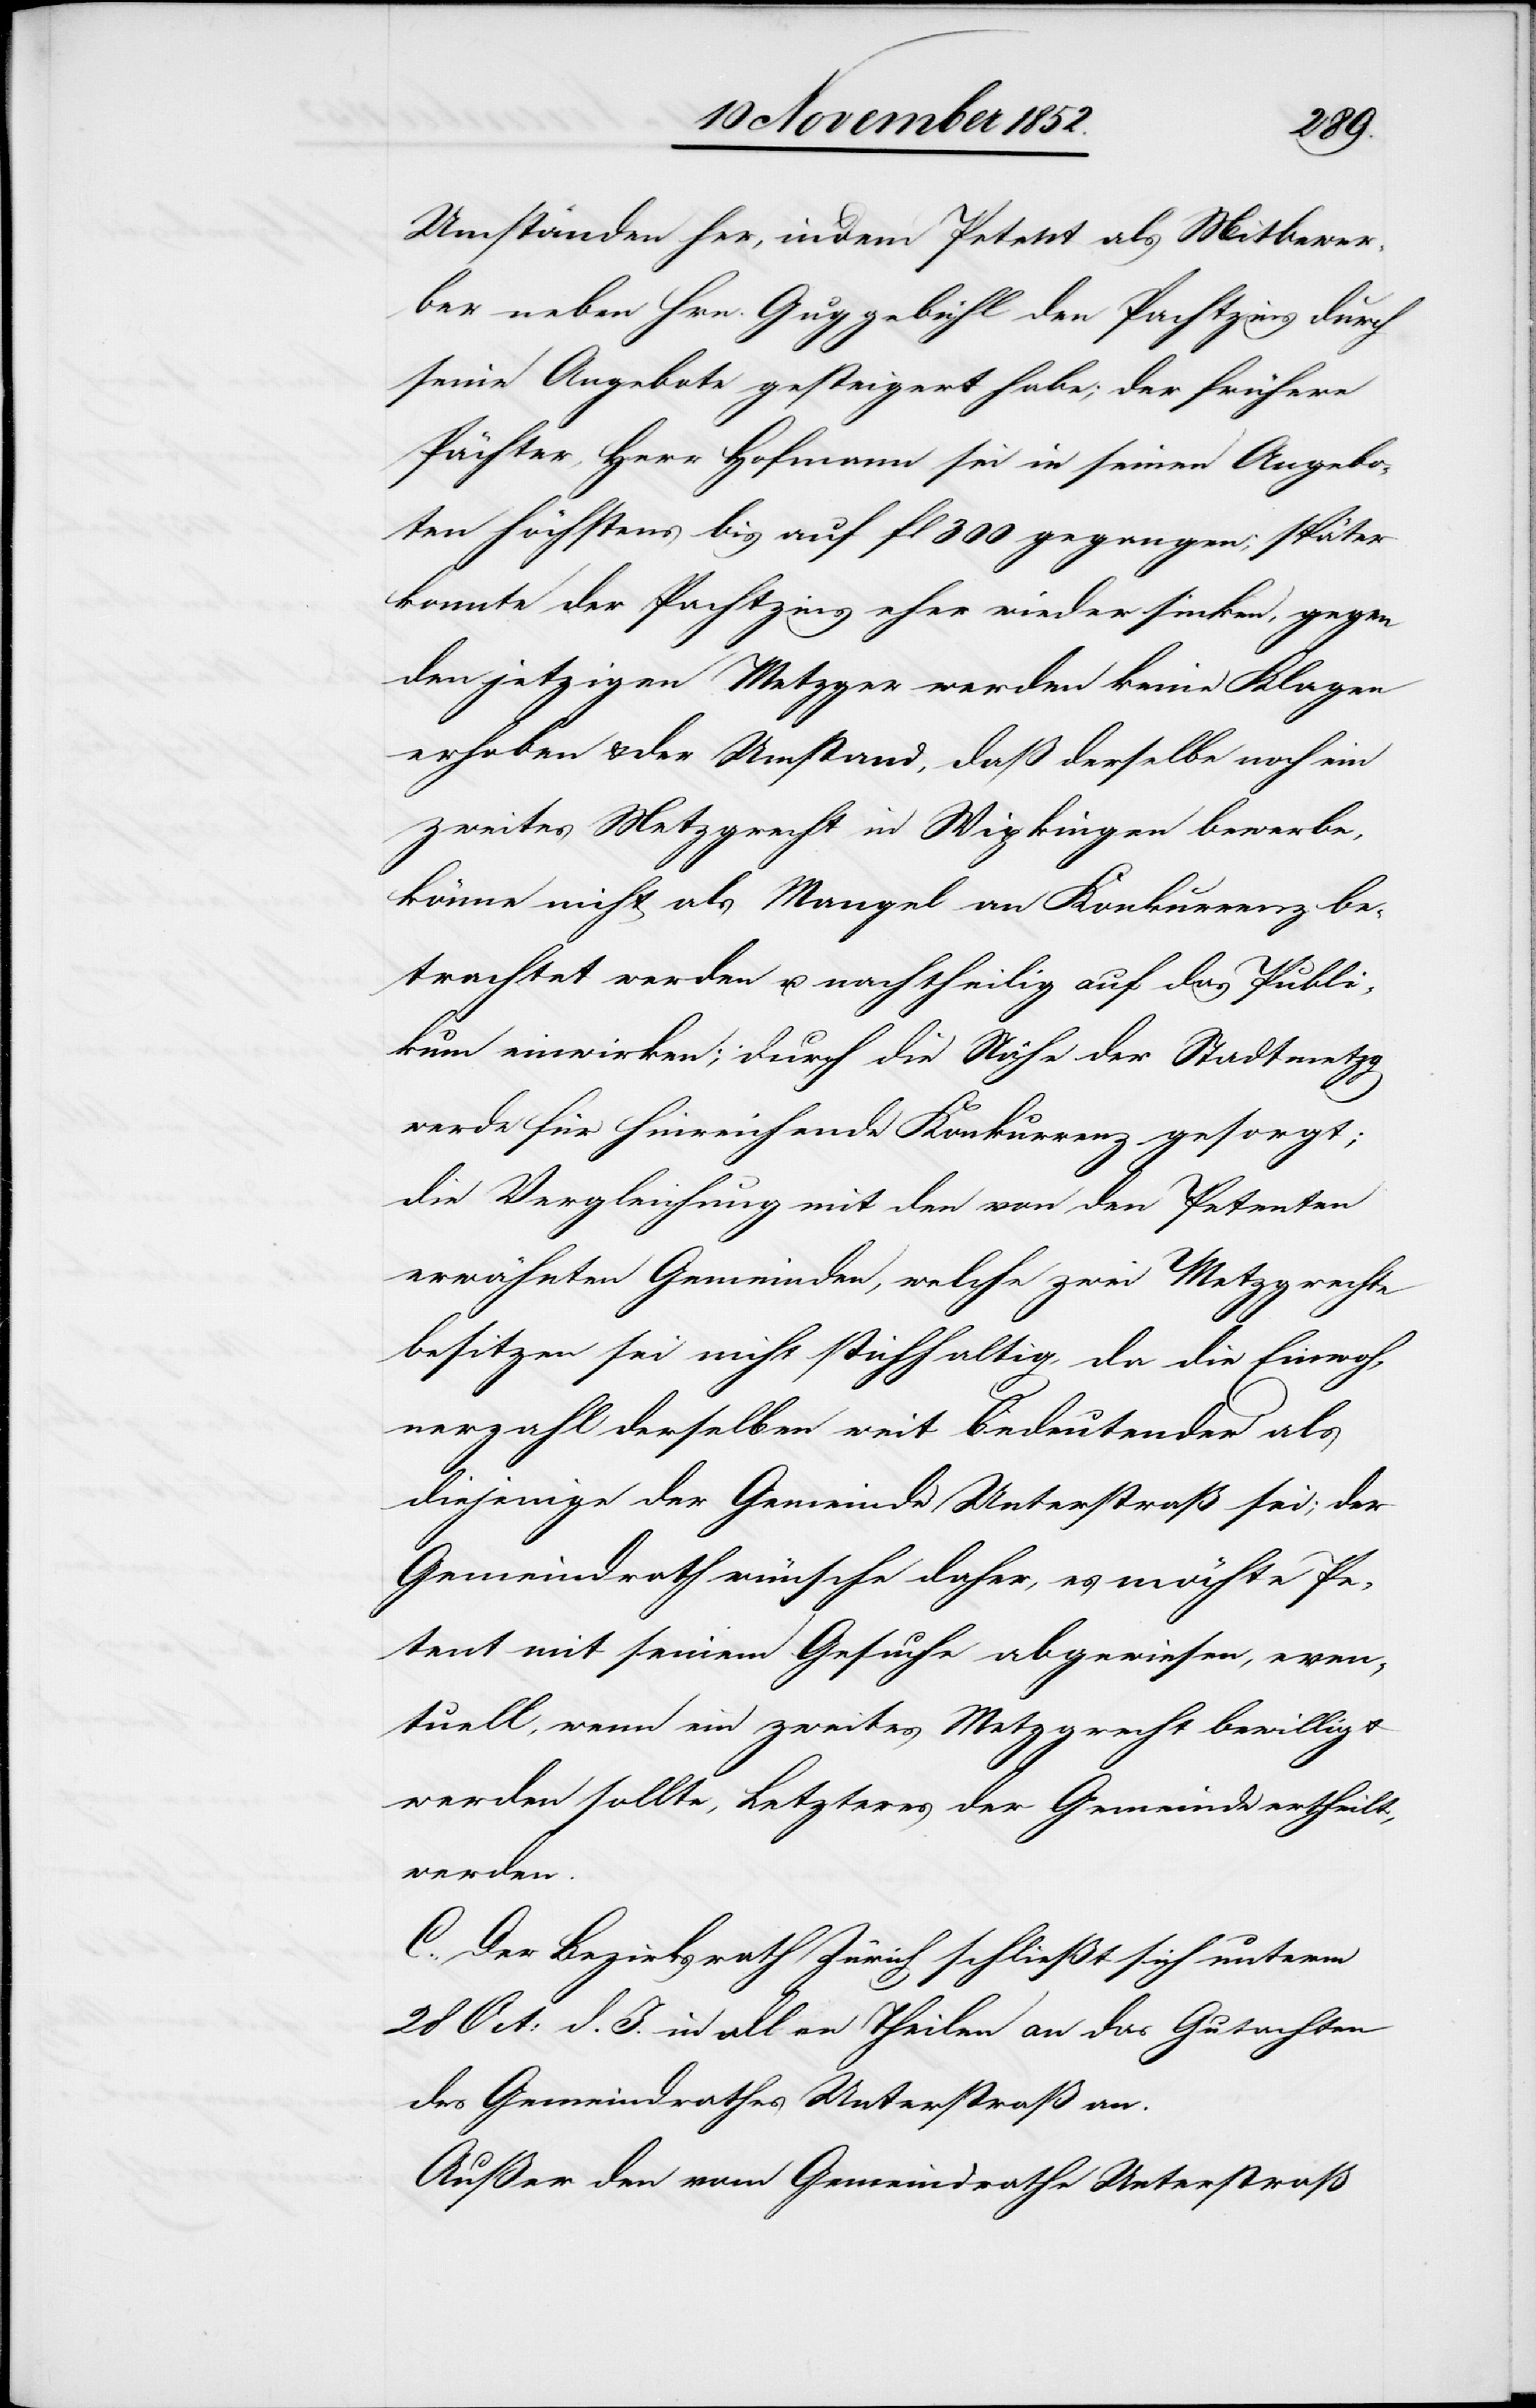
Umständen her, indem Petent als Mitbewer¬
ber neben Hrn. Guggenbühl den Pachtzins durch
seine Angebote gesteigert habe; der frühere
Pächter, Herr Hofmann sei in seinen Angebo¬
ten höchstens bis auf fl 300 gegangen; später
konnte der Pachtzins eher wieder sinken, gegen
den jetzigen Metzger werden keine Klagen
erhoben & der Umstand, daß derselbe noch ein
zweites Metzgrecht in Wipkingen bewerbe,
könne nicht als Mangel an Konkurrenz be¬
trachtet werden u. nachtheilig auf das Publi¬
kum einwirken; durch die Nähe der Stadtmetzg
werde für hinreichende Konkurrenz gesorgt;
die Vergleichung mit den von den Petenten
erwähnten Gemeinden, welche zwei Metzgrechte
besitzen sei nicht stichhaltig, da die Einwoh¬
nerzahl derselben weit bedeutender als
diejenige der Gemeinde Unterstraß sei; der
Gemeindrath wünsche daher, es möchte Pe¬
tent mit seinem Gesuche abgewiesen, even¬
tuell, wenn ein zweites Metzgrecht bewilligt
werden sollte, Letzteres der Gemeinde ertheilt,
werden.
C. Der Bezirksrath Zürich schließt sich unterm
28 Oct: d. J. in allen Theilen an das Gutachten
des Gemeindrathes Unterstraß an.
Außer den vom Gemeindrathe Unterstraß